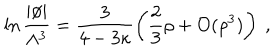
\ln \frac { | \phi | } { \Lambda ^ { 3 } } = \frac 3 { 4 - 3 \kappa } \left( \frac 2 3 \rho + \mathcal { O } ( \rho ^ { 3 } ) \right) ~ ,